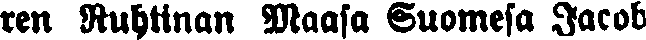
ren Ruhtinan Maasa Suomesa Jacob